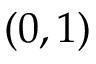
( 0 , 1 )